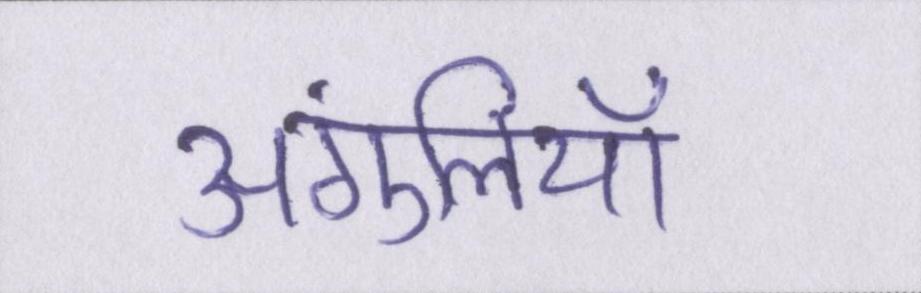
अंगुलियाँ